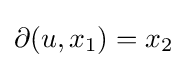
\partial (u,x_{1})=x_{2}